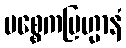
ပစ္စေကဗြဟ္မာနံ